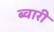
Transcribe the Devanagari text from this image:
ब्वारी